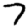
Digit: 7